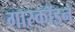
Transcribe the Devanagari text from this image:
गास्कॉइन